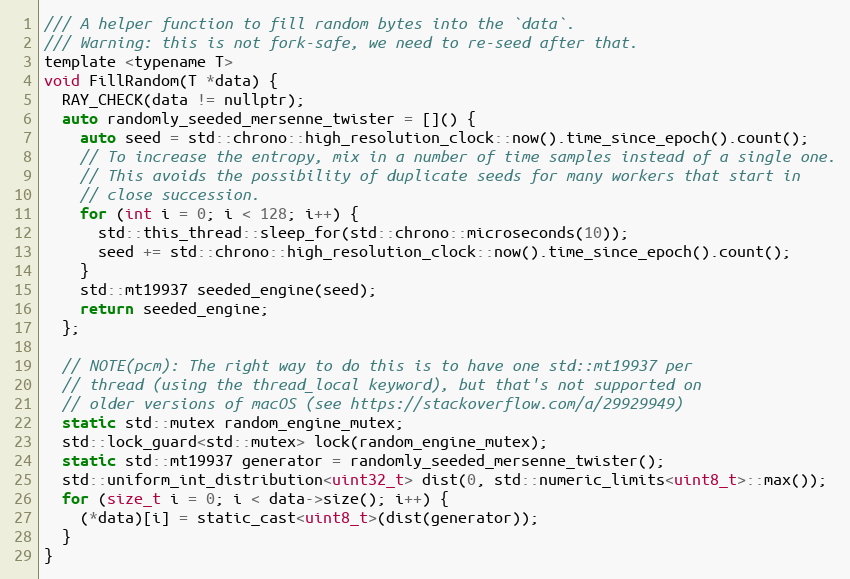
Language: C
/// A helper function to fill random bytes into the `data`.
/// Warning: this is not fork-safe, we need to re-seed after that.
template <typename T>
void FillRandom(T *data) {
  RAY_CHECK(data != nullptr);
  auto randomly_seeded_mersenne_twister = []() {
    auto seed = std::chrono::high_resolution_clock::now().time_since_epoch().count();
    // To increase the entropy, mix in a number of time samples instead of a single one.
    // This avoids the possibility of duplicate seeds for many workers that start in
    // close succession.
    for (int i = 0; i < 128; i++) {
      std::this_thread::sleep_for(std::chrono::microseconds(10));
      seed += std::chrono::high_resolution_clock::now().time_since_epoch().count();
    }
    std::mt19937 seeded_engine(seed);
    return seeded_engine;
  };

  // NOTE(pcm): The right way to do this is to have one std::mt19937 per
  // thread (using the thread_local keyword), but that's not supported on
  // older versions of macOS (see https://stackoverflow.com/a/29929949)
  static std::mutex random_engine_mutex;
  std::lock_guard<std::mutex> lock(random_engine_mutex);
  static std::mt19937 generator = randomly_seeded_mersenne_twister();
  std::uniform_int_distribution<uint32_t> dist(0, std::numeric_limits<uint8_t>::max());
  for (size_t i = 0; i < data->size(); i++) {
    (*data)[i] = static_cast<uint8_t>(dist(generator));
  }
}